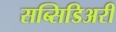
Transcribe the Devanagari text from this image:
सब्सिडिअरी